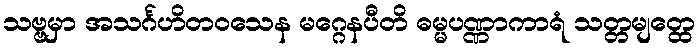
သဗ္ဗမှာ အသင်္ဂဟိတဝသေန မဂ္ဂေနပီတိ ဓမ္မပဏ္ဏာကာရံ သတ္တမျတ္ထေ